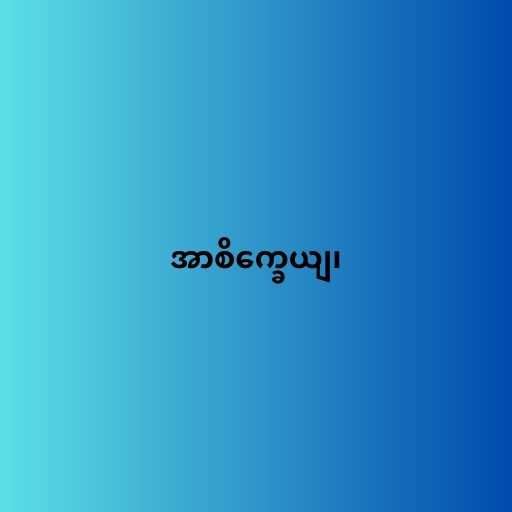
အာစိက္ခေယျ၊